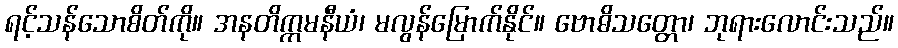
ရင့်သန်သောစိတ်ကို။ အနတိက္ကမနီယံ၊ မလွန်မြောက်နိုင်။ ဗောဓိသတ္တော၊ ဘုရားလောင်းသည်။